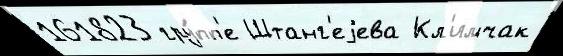
161823 гру́пп'е Штанг'еjева Кл'имчак